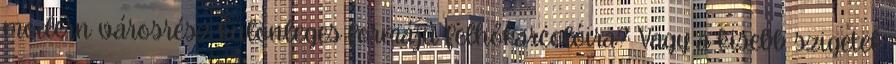
modern városrész különleges formájú felhőkarcolóira? Vagy a kisebb szigetek